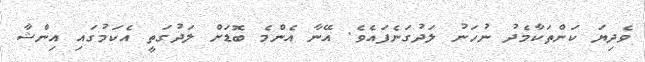
ވެދިޔަ ކަންތަކާމެދު ނުހަނު ލަދުގަނެފައެވެ. އޭނާ އެންމެ ބޮޑަށް ލަދުގަތީ އެކަމުގައި އިންޝާ